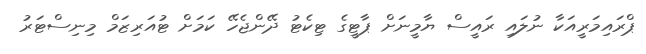
ޕްރައިމަރީއަކާ ނުލައި ރައީސް ޔާމީނަށް ޕާޓީގެ ޓިކެޓު ދޭންޖެހޭ ކަމަށް ޓުއަރިޒަމް މިނިސްޓަރު